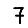
Digit: 7